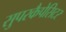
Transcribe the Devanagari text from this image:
सुपरकैपेसिटर